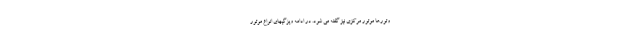
وتورها موتور مرکزی نیز گفته می شود. در ادامه ویژگیهای انواع موتور